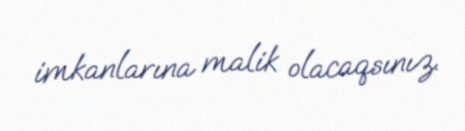
imkanlarına malik olacaqsınız.